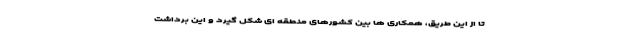
تا از این طریق، همکاری ها بین کشورهای منطقه ای شکل گیرد و این برداشت